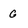
Character: G